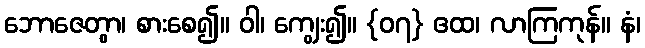
ဘောဇေတွာ၊ စားစေ၍။ ဝါ၊ ကျွေး၍။ {၀၇} ဧထ၊ လာကြကုန်။ နံ၊